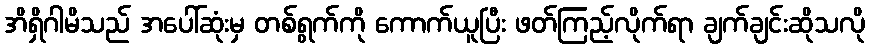
အိရှိဂါမိသည် အပေါ်ဆုံးမှ တစ်ရွက်ကို ကောက်ယူပြီး ဖတ်ကြည့်လိုက်ရာ ချက်ချင်းဆိုသလို